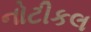
નોટીકલ